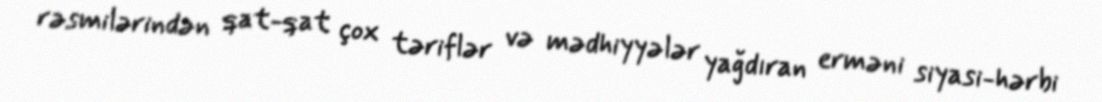
rəsmilərindən qat-qat çox təriflər və mədhiyyələr yağdıran erməni siyasi-hərbi